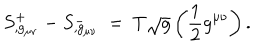
S _ { , g _ { \mu \nu } } ^ { + } - S _ { , g _ { \mu \nu } } ^ { - } ~ = ~ T \sqrt { g } \left( \frac { 1 } { 2 } g ^ { \mu \nu } \right) .